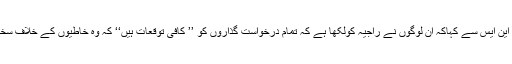
حبیب اللہ نے ائی اے این ایس سے کہاکہ ان لوگوں نے راجیہ کولکھا ہے کہ تمام درخواست گذاروں کو ’’ کافی توقعات ہیں‘‘ کہ وہ خاطیوں کے خلاف سخت کاروائی کریں گی۔